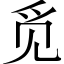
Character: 觅